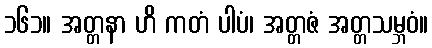
၁၆၁။ အတ္တနာ ဟိ ကတံ ပါပံ၊ အတ္တဇံ အတ္တသမ္ဘဝံ။